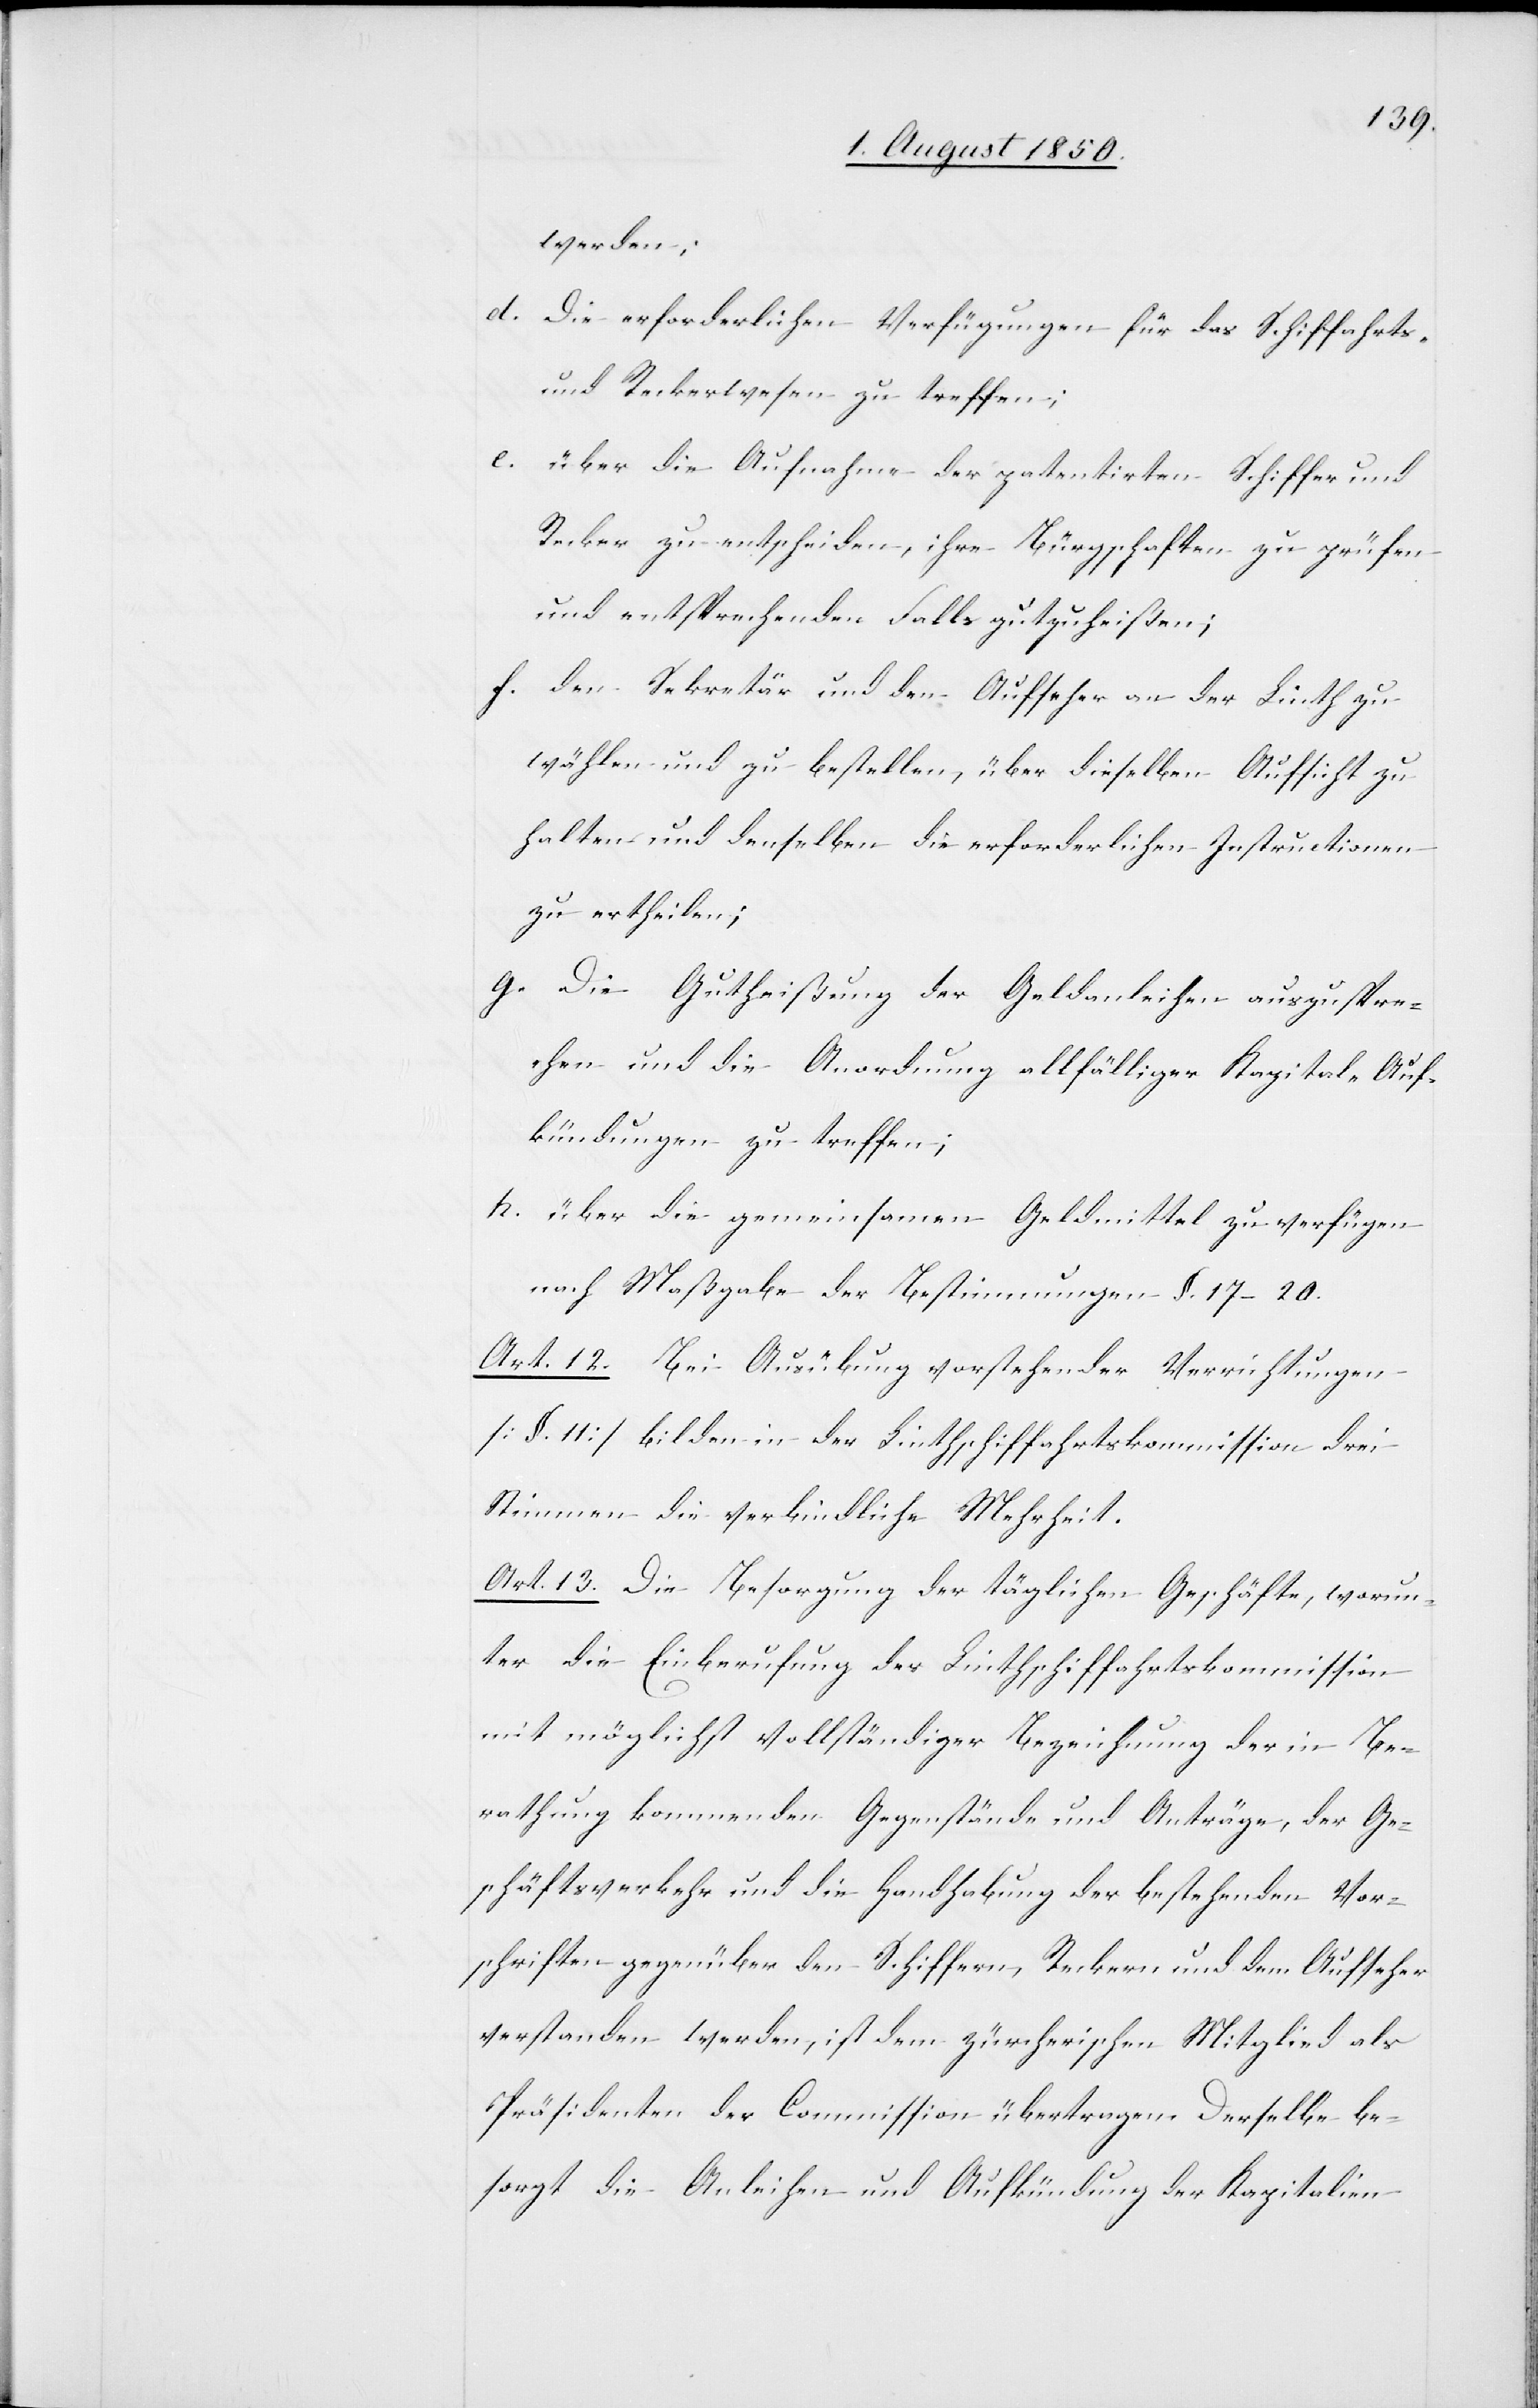
werden;
d. Die erforderlichen Verfügungen für das Schiffahrts-
und Reckerwesen zu treffen;
e. über die Aufnahme der patentirten Schiffer und
Recker zu entscheiden, ihre Bürgschaften zu prüfen
und entsprechenden Falls gutzuheißen;
f. den Sekretär und den Aufseher an der Linth zu
wählen und zu bestellen, über dieselben Aufsicht zu
halten und denselben die erforderlichen Instructionen
zu ertheilen;
g. Die Gutheißung der Geldanleihen auszuspre¬
chen und die Anordnung allfälliger Kapital-Auf¬
kündungen zu treffen;
h. über die gemeinsamen Geldmittel zu verfügen
nach Maßgabe der Bestimmungen §. 17–20.
Art. 12. Bei Ausübung vorstehender Verrichtungen
[§. 11] bilden in der Linthschiffahrtskommission drei
Stimmen die verbindliche Mehrheit.
Art. 13. Die Besorgung der täglichen Geschäfte, worun¬
ter die Einberufung der Linthschiffahrtskommission
mit möglichst vollständiger Bezeichnung der in Be¬
rathung kommenden Gegenstände und Anträge, der Ge¬
schäftsverkehr und die Handhabung der bestehenden Vor¬
schriften gegenüber den Schiffern, Reckern und dem Aufseher
verstanden werden, ist dem zürcherischen Mitglied als
Präsidenten der Commission übertragen. Derselbe be¬
sorgt die Anleihen und Aufkündung der Kapitalien